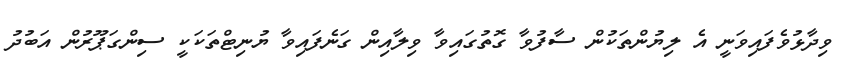
ވިދާޅުވެފައިވަނީ އެ ލިޔުންތަކުން ސާފުވާ ގޮތުގައިވާ ވިލާއިން ގަނެފައިވާ ޔުނިޓްތަކަކީ ސިންގަޕޫރުން އަބުދު